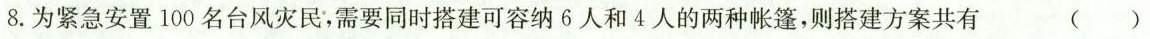
8.为紧急安置100名台风灾民，需要同时搭建可容纳6人和4人的两种帐篷，则搭建方案共有 ()